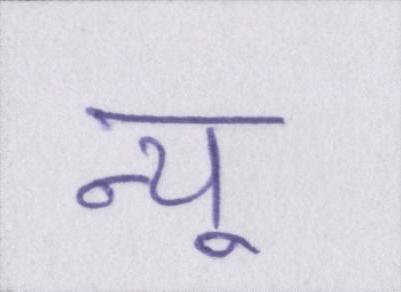
न्यू